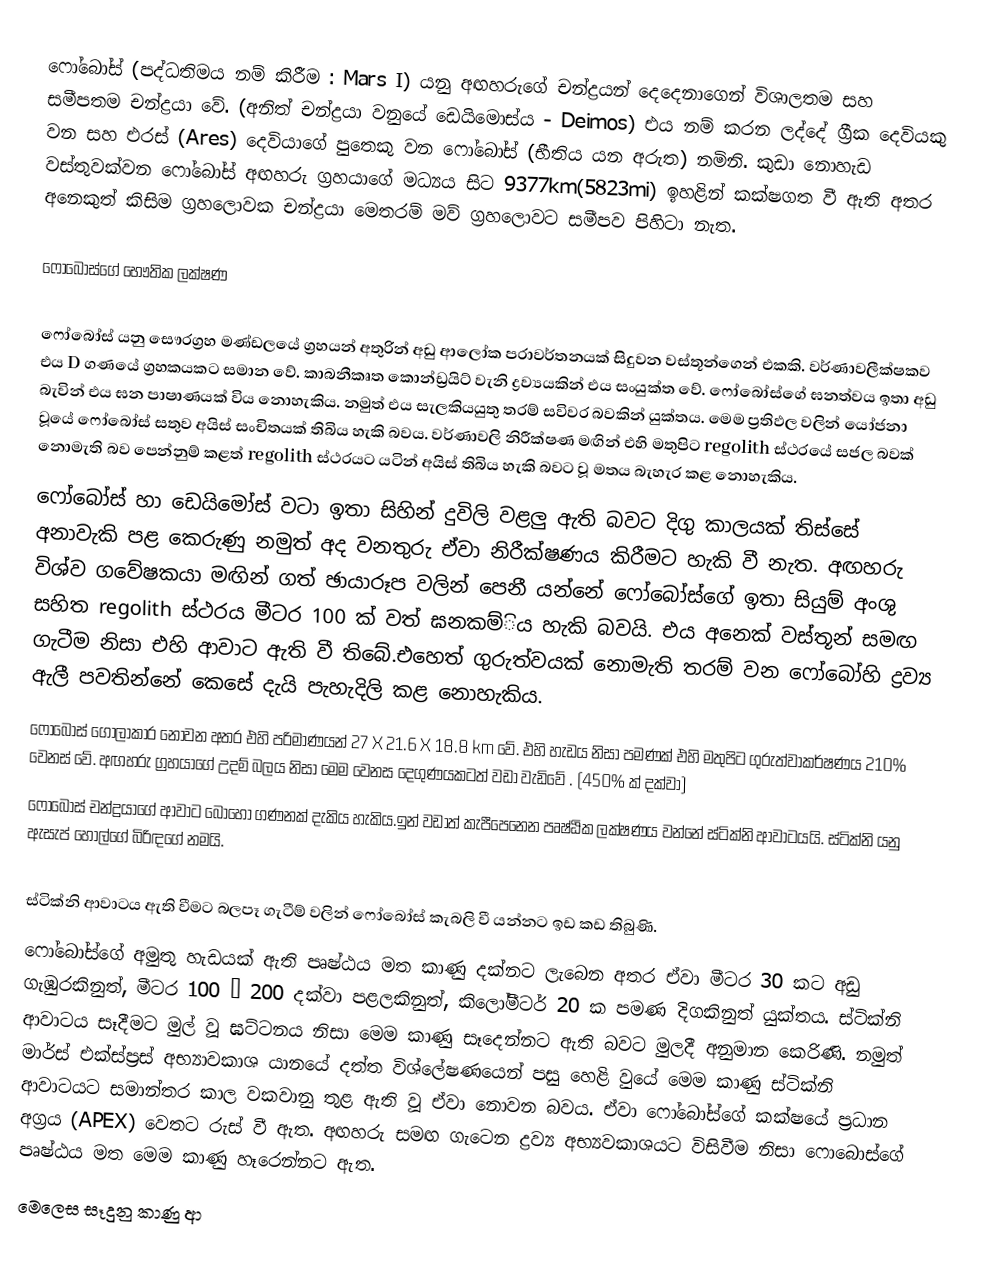
ෆෝබෝස් (පද්ධතිමය නම් කිරීම : Mars I)  යනු අඟහරුගේ චන්ද්‍රයන් දෙදෙනාගෙන් විශාලතම සහ සමීපතම චන්ද්‍රයා වේ. (අනිත් චන්ද්‍රයා වනුයේ ඩෙයිමොස්ය - Deimos) එය නම් කරන ලද්දේ ග්‍රීක දෙවියකු වන සහ එරස් (Ares) දෙවියාගේ පුතෙකු වන ෆෝබෝස් (භීතිය යන අරුත) නමිනි. කුඩා නොහැඩ වස්තුවක්වන ෆෝබෝස් අඟහරු ග්‍රහයාගේ මධ්‍යය සිට 9377km(5823mi) ඉහළින් කක්ෂගත වී ඇති අතර අනෙකුත් කිසිම ‍ග්‍රහලොවක චන්ද්‍රයා මෙතරම් මව් ග්‍රහලොවට සමීපව පිහිටා නැත.

ෆෝබෝස්ගේ භෞතික ලක්ෂණ

ෆෝබෝස් යනු සෞරග්‍රහ මණ්ඩලයේ ග්‍රහයන් අතුරින් අඩු ආලෝක  පරාවර්තනයක් සිදුවන වස්තූන්ගෙන් එකකි. වර්ණාවලීක්ෂකව එය D  ගණයේ ග්‍රහකයකට සමාන වේ. කාබනීකෘත කොන්ඩ්‍රයිට් වැනි ද්‍රව්‍යයකින් එය  සංයුක්ත වේ. ෆෝබෝස්ගේ ඝනත්වය ඉතා අඩු බැවින් එය ඝන පාෂාණයක් විය නොහැකිය. නමුත් එය සැලකියයුතු තරම්  සවිවර බවකින්  යුක්තය. මෙම ප්‍රතිඵල වලින් යෝජනා වූයේ ෆෝබෝස්  සතුව අයිස් සංචිතයක් තිබිය හැකි බවය. වර්ණාවලි  නිරීක්ෂණ මඟින් එහි  මතුපිට  regolith  ස්ථරයේ සජල බවක්  නොමැති බව පෙන්නුම් කළත් regolith ස්ථරයට යටින් අයිස් තිබිය හැකි බවට වූ මතය බැහැර කළ නොහැකිය.
ෆෝබෝස් හා ‍ඩෙයිමෝස්  වටා ඉතා සිහින් දුවිලි වළලු ඇති බව‍ට දිගු කාලයක් තිස්සේ අනාවැකි පළ කෙරුණු නමුත් අද වනතුරු ඒවා නිරීක්ෂණය කිරීමට  හැකි වී නැත. අඟහරු විශ්ව ගවේෂකයා මඟින් ගත් ඡායාරූප වලින් පෙනී යන්නේ ෆෝබෝස්ගේ ඉතා සියුම් අංශු  සහිත regolith ස්ථරය මීටර 100 ක් වත් ඝනකම්ිය හැකි බවයි.  එය අනෙක් වස්තූන් සමඟ ගැටීම නිසා එහි ආවාට ඇති වී තිබේ.එහෙත් ගුරුත්වයක් නොමැති තරම් වන ෆෝ‍බෝහි ද්‍රව්‍ය ඇලී  පවතින්නේ කෙසේ දැයි පැහැදිලි කළ නොහැකිය.
ෆෝබෝස් ගෝලාකාර නොවන අතර එහි පරිමාණයන් 27 X 21.6 X 18.8 km  වේ. එහි හැඩය ‍නිසා පමණක් එහි මතුපිට ගුරුත්වාකර්ෂණය 210%  වෙනස් වේ. අඟහරු ග්‍රහයාගේ උදම් බලය නිසා මෙම වෙනස දෙගුණයකටත් වඩා වැඩිවේ . (450% ක් දක්වා)
ෆෝබෝස් චන්ද්‍රයාගේ ආවාට බොහෝ ගණනක් දැකිය හැකිය.ඉන් වඩාත් කැපීපෙනෙන පෘෂ්ඨික ලක්ෂණය වන්නේ ස්ටික්නි ආවාටයයි. ස්ටික්නි යනු  ඇසැප් හෝල්ගේ බිරිඳගේ නමයි.

ස්ටික්නි ආවාටය ඇති වීමට බලපෑ ගැටීම් වලින් ෆෝබෝස් කැබලි වී යන්නට ඉඩ කඩ තිබුණි.
ෆෝබෝස්ගේ අමුතු හැඩයක් ඇති පෘෂ්ඨය මත කාණු දක්නට ලැබෙන අතර ඒවා මීටර 30 කට අඩු ගැඹුරකිනුත්, මීටර 100 – 200 දක්වා  පළලකිනුත්, කිලෝමීටර් 20 ක පමණ දිගකිනුත් යුක්තය. ස්ටික්නි ආවාටය සෑදීමට මුල් වූ ඝට්ටනය නිසා මෙම කාණු සෑදෙන්නට ඇති බවට මුලදී අනුමාන කෙරිණි. නමුත් මාර්ස් එක්ස්ප්‍රස් අභ්‍යාවකාශ යානයේ  දත්ත විශ්ලේෂණයෙන් පසු  හෙළි වුයේ මෙම කාණු  ස්ටික්නි ආවාටයට සමාන්තර කාල වකවානු තුළ ඇති වූ ඒවා  නොවන බවය. ඒවා ෆෝබෝස්ගේ කක්ෂයේ ප්‍රධාන  අග්‍රය (APEX) වෙතට රුස් වී ඇත. අඟහරු සමඟ ගැටෙන  ද්‍රව්‍ය අභ්‍යවකාශයට විසිවීම නිසා ෆොබොස්ගේ පෘෂ්ඨය මත මෙම කාණු හෑරෙන්නට ඇත.
මෙලෙස සෑදුනු කාණු ආ